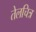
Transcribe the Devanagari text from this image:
तेलचित्र